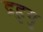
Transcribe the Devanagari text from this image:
द्रहुयु